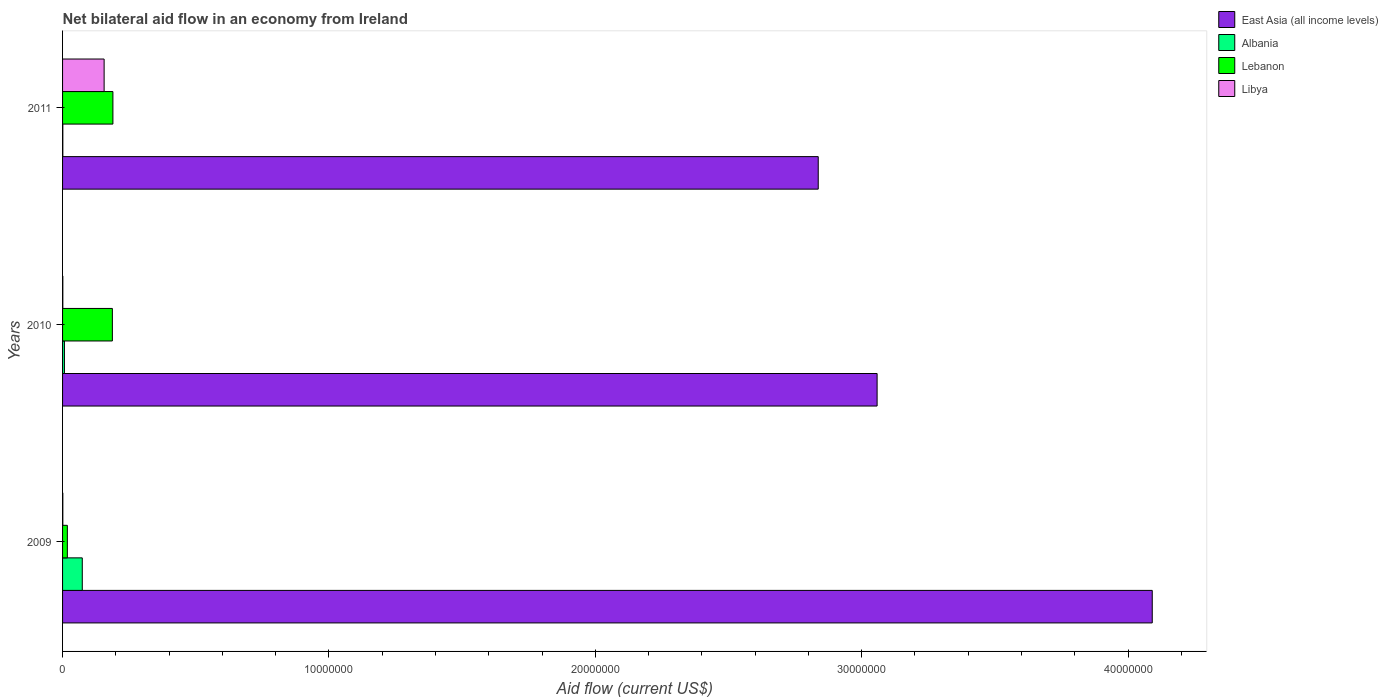
| Years | East Asia (all income levels) | Albania | Lebanon | Libya |
 | --- | --- | --- | --- | --- |
 | 2009 | 4.09e+07 | 7.4e+05 | 1.8e+05 | 1e+04 |
 | 2010 | 3.06e+07 | 7e+04 | 1.87e+06 | 1e+04 |
 | 2011 | 2.84e+07 | 1e+04 | 1.89e+06 | 1.56e+06 |